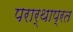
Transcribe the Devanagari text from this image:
परार्थाप्रत